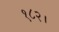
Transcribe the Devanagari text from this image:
१८२।